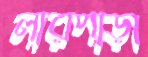
লারপাড়া